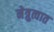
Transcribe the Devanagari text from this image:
नेत्रुत्वात